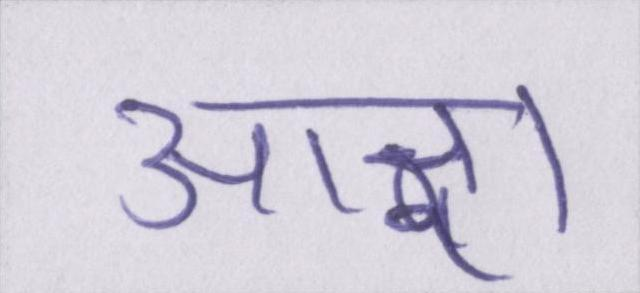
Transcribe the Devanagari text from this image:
आज्ञा